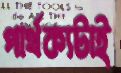
পার্থক্যটাই